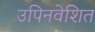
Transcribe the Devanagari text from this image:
उपिनवेशित